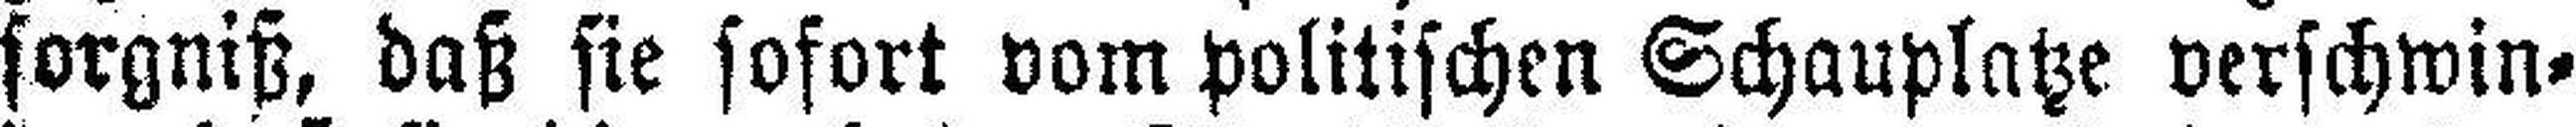
sorgniß, daß sie sofort vom politischen Schauplatze verschwin¬